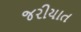
જરીયાત